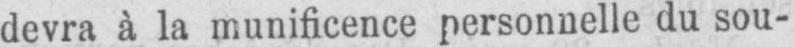
devra à la munificence personnelle du sou-